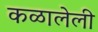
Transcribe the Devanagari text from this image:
कळालेली